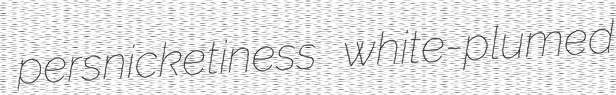
persnicketiness white-plumed